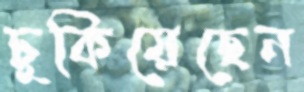
ঢুকিয়েছেন